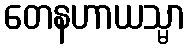
တေနဟာယသ္မာ